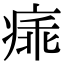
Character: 㾩